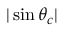
| \sin \theta _ { c } |